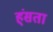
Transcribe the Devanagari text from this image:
ह्ंसता